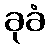
ခုခံ